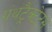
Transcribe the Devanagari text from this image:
ग्रंथट्रैक्टेटस